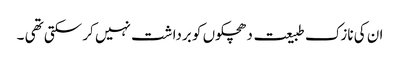
ان کی نازک طبیعت دھچکوں کو برداشت نہیں کر سکتی تھی ۔